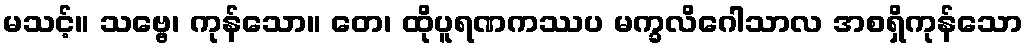
မသင့်။ သဗ္ဗေ၊ ကုန်သော။ တေ၊ ထိုပူရဏကဿပ မက္ခလိဂေါသာလ အစရှိကုန်သော